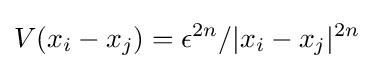
V(x_{i}-x_{j})=\epsilon ^{2n}/|x_{i}-x_{j}|^{2n}